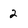
Character: 2